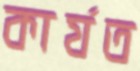
কার্যত